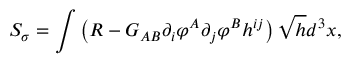
S _ { \sigma } = \int \left( { \cal R } - { \cal G } _ { A B } \partial _ { i } \varphi ^ { A } \partial _ { j } \varphi ^ { B } h ^ { i j } \right) \sqrt { h } d ^ { 3 } x ,